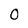
Character: o